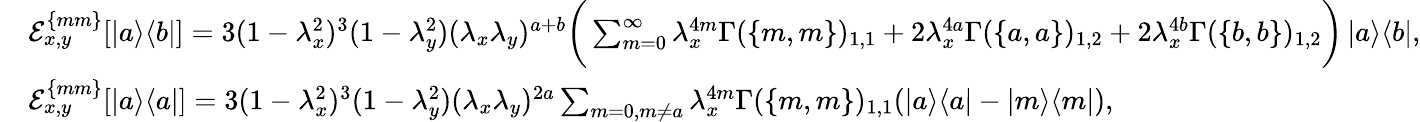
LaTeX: \begin{array}{rl}&{\mathcal{E}_{x,y}^{\{ mm\} }[\left|a\middle>\middle<b\right|]=3(1-\lambda_{x}^{2})^{3}(1-\lambda_{y}^{2})(\lambda_{x}\lambda_{y})^{a+b}\bigg(\sum_{m=0}^{\infty}\lambda_{x}^{4m}\Gamma(\{ m,m\} )_{1,1}+2\lambda_{x}^{4a}\Gamma(\{ a,a\} )_{1,2}+2\lambda_{x}^{4b}\Gamma(\{ b,b\} )_{1,2}\bigg)\left|a\middle>\middle<b\right|,}\\ &{\mathcal{E}_{x,y}^{\{ mm\} }[\left|a\middle>\middle<a\right|]=3(1-\lambda_{x}^{2})^{3}(1-\lambda_{y}^{2})(\lambda_{x}\lambda_{y})^{2a}\sum_{m=0,m\neq a}\lambda_{x}^{4m}\Gamma(\{ m,m\} )_{1,1}(\left|a\middle>\middle<a\right|-\left|m\middle>\middle<m\right|),}\end{array}